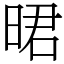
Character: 𣇉